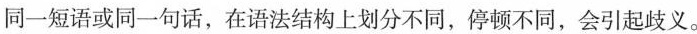
同一短语或同一句话，在语法结构上划分不同，停顿不同，会引起歧义。